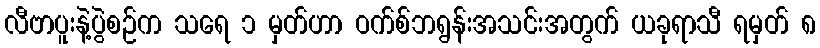
လီဗာပူးနဲ့ပွဲစဉ်က သရေ ၁ မှတ်ဟာ ဝက်စ်ဘရွန်းအသင်းအတွက် ယခုရာသီ ရမှတ် ၈